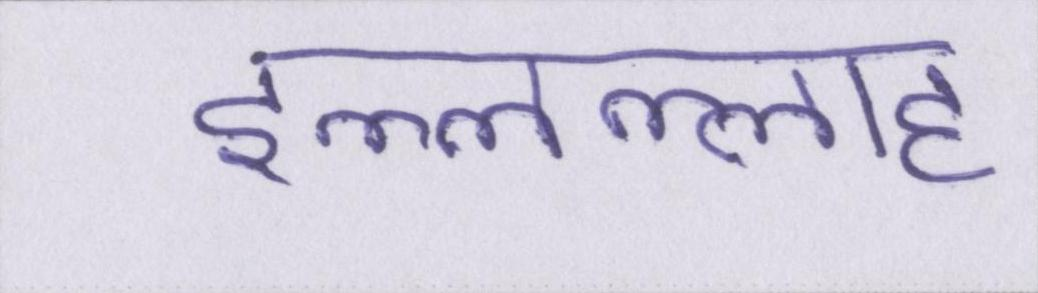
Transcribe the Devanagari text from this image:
इल्लल्लाह